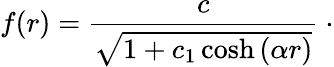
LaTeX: f(r)=\frac{c}{\sqrt{1+c_{1}\cosh\left(\alpha r\right)}}\ \cdot